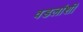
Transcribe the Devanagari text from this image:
वडलांशी